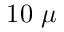
1 0 ~ \mu